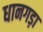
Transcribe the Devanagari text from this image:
धानगड़ा